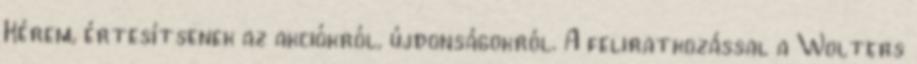
Kérem, értesítsenek az akciókról, újdonságokról. A feliratkozással a Wolters